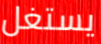
يستغل